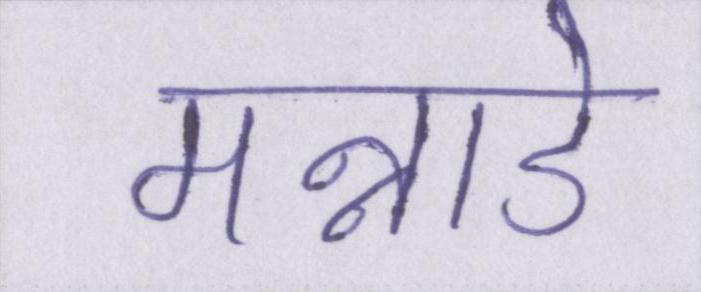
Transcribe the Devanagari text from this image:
मन्नाडे